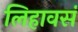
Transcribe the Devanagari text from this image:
लिहावसं